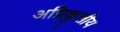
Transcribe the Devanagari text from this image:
अग्निकुलीय